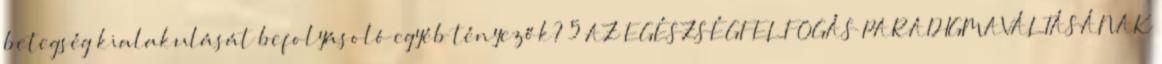
betegség kialakulását befolyásoló egyéb tényezők? 5 AZ EGÉSZSÉGFELFOGÁS PARADIGMAVÁLTÁSÁNAK